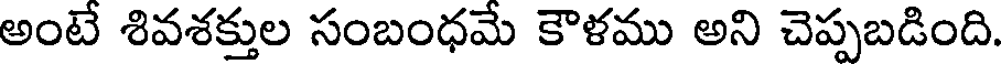
అంటే శివశక్తుల సంబంధమే కౌళము అని చెప్పబడింది.